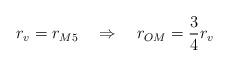
LaTeX: \begin{align*}r_v = r_{M5} \quad \Rightarrow \quad r_{OM} = \frac{3}{4}r_v\end{align*}